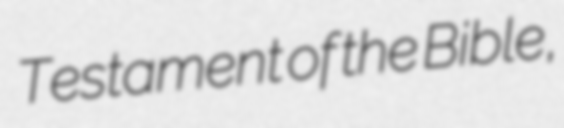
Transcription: Testament of the Bible,